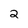
Character: 2